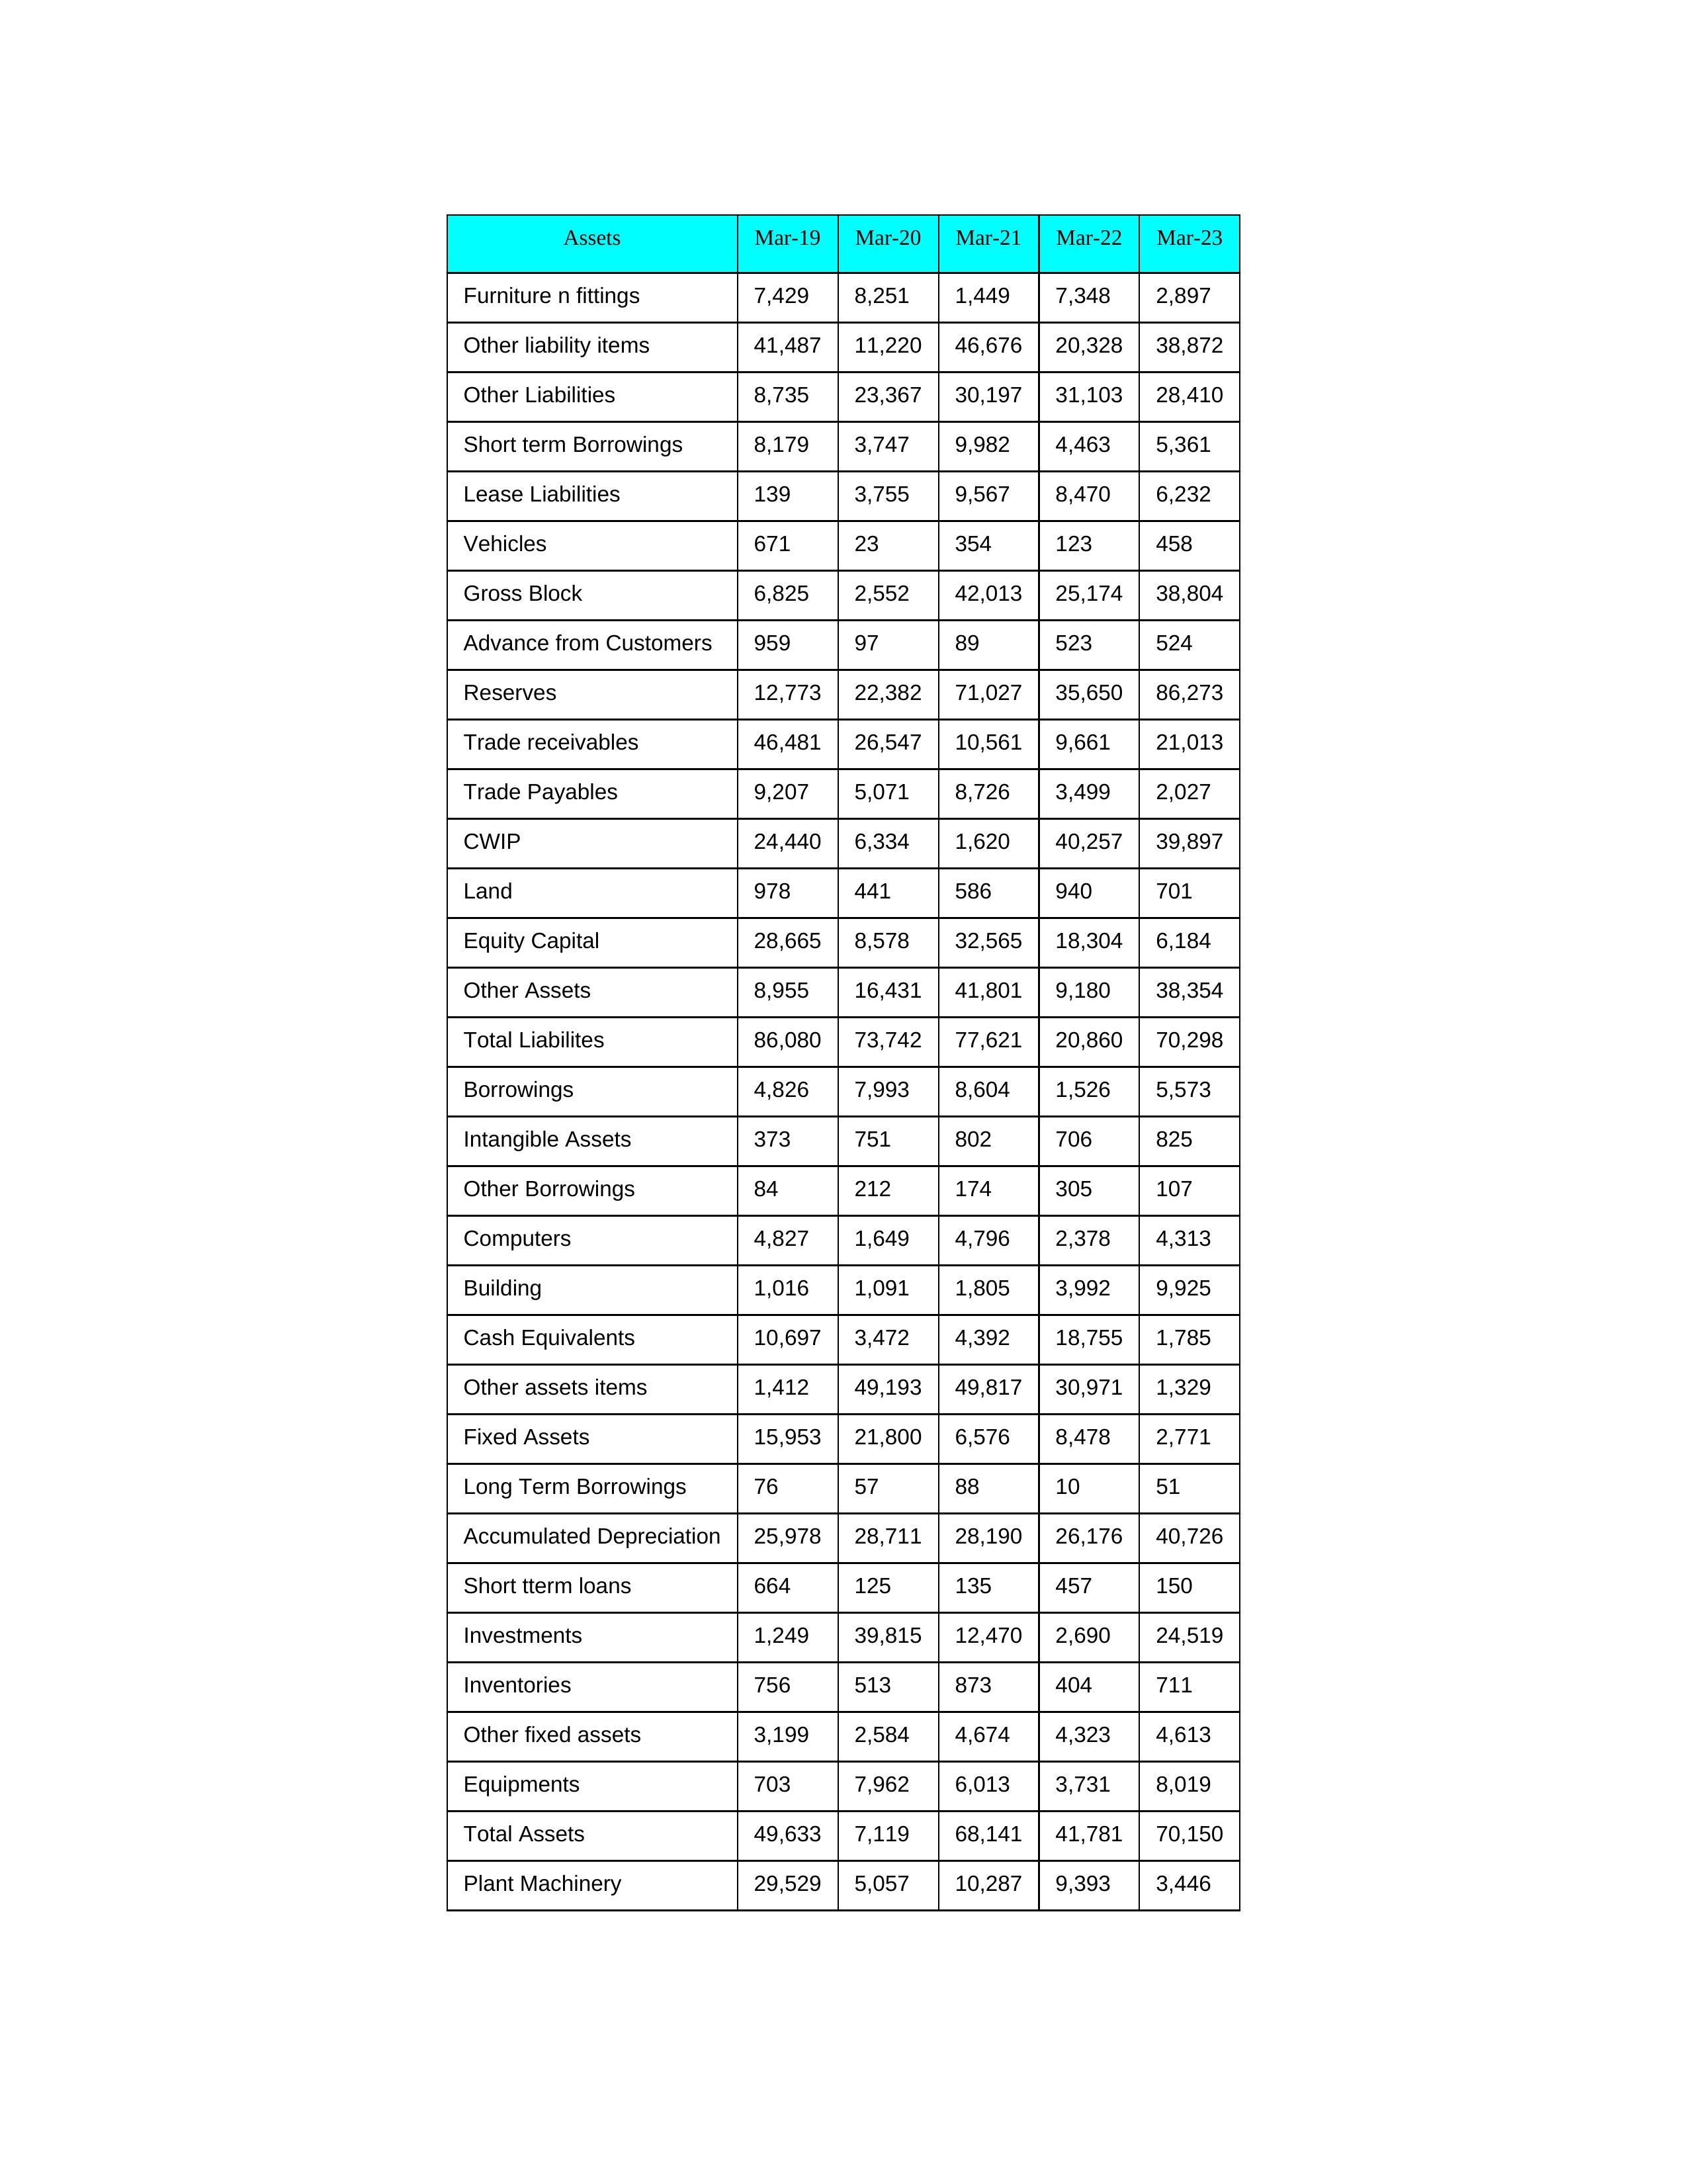
gt_parse: Mar-19: Equity Capital: 28,665
Reserves: 12,773
Borrowings: 4,826
Long Term Borrowings: 76
Short term Borrowings: 8,179
Lease Liabilities: 139
Other Borrowings: 84
Other Liabilities: 8,735
Trade Payables: 9,207
Advance from Customers: 959
Other liability items: 41,487
Total Liabilites: 86,080
Fixed Assets: 15,953
Land: 978
Building: 1,016
Plant Machinery: 29,529
Equipments: 703
Computers: 4,827
Furniture n fittings: 7,429
Vehicles: 671
Intangible Assets: 373
Other fixed assets: 3,199
Gross Block: 6,825
Accumulated Depreciation: 25,978
CWIP: 24,440
Investments: 1,249
Other Assets: 8,955
Inventories: 756
Trade receivables: 46,481
Cash Equivalents: 10,697
Short tterm loans: 664
Other assets items: 1,412
Total Assets: 49,633
Mar-20: Equity Capital: 8,578
Reserves: 22,382
Borrowings: 7,993
Long Term Borrowings: 57
Short term Borrowings: 3,747
Lease Liabilities: 3,755
Other Borrowings: 212
Other Liabilities: 23,367
Trade Payables: 5,071
Advance from Customers: 97
Other liability items: 11,220
Total Liabilites: 73,742
Fixed Assets: 21,800
Land: 441
Building: 1,091
Plant Machinery: 5,057
Equipments: 7,962
Computers: 1,649
Furniture n fittings: 8,251
Vehicles: 23
Intangible Assets: 751
Other fixed assets: 2,584
Gross Block: 2,552
Accumulated Depreciation: 28,711
CWIP: 6,334
Investments: 39,815
Other Assets: 16,431
Inventories: 513
Trade receivables: 26,547
Cash Equivalents: 3,472
Short tterm loans: 125
Other assets items: 49,193
Total Assets: 7,119
Mar-21: Equity Capital: 32,565
Reserves: 71,027
Borrowings: 8,604
Long Term Borrowings: 88
Short term Borrowings: 9,982
Lease Liabilities: 9,567
Other Borrowings: 174
Other Liabilities: 30,197
Trade Payables: 8,726
Advance from Customers: 89
Other liability items: 46,676
Total Liabilites: 77,621
Fixed Assets: 6,576
Land: 586
Building: 1,805
Plant Machinery: 10,287
Equipments: 6,013
Computers: 4,796
Furniture n fittings: 1,449
Vehicles: 354
Intangible Assets: 802
Other fixed assets: 4,674
Gross Block: 42,013
Accumulated Depreciation: 28,190
CWIP: 1,620
Investments: 12,470
Other Assets: 41,801
Inventories: 873
Trade receivables: 10,561
Cash Equivalents: 4,392
Short tterm loans: 135
Other assets items: 49,817
Total Assets: 68,141
Mar-22: Equity Capital: 18,304
Reserves: 35,650
Borrowings: 1,526
Long Term Borrowings: 10
Short term Borrowings: 4,463
Lease Liabilities: 8,470
Other Borrowings: 305
Other Liabilities: 31,103
Trade Payables: 3,499
Advance from Customers: 523
Other liability items: 20,328
Total Liabilites: 20,860
Fixed Assets: 8,478
Land: 940
Building: 3,992
Plant Machinery: 9,393
Equipments: 3,731
Computers: 2,378
Furniture n fittings: 7,348
Vehicles: 123
Intangible Assets: 706
Other fixed assets: 4,323
Gross Block: 25,174
Accumulated Depreciation: 26,176
CWIP: 40,257
Investments: 2,690
Other Assets: 9,180
Inventories: 404
Trade receivables: 9,661
Cash Equivalents: 18,755
Short tterm loans: 457
Other assets items: 30,971
Total Assets: 41,781
Mar-23: Equity Capital: 6,184
Reserves: 86,273
Borrowings: 5,573
Long Term Borrowings: 51
Short term Borrowings: 5,361
Lease Liabilities: 6,232
Other Borrowings: 107
Other Liabilities: 28,410
Trade Payables: 2,027
Advance from Customers: 524
Other liability items: 38,872
Total Liabilites: 70,298
Fixed Assets: 2,771
Land: 701
Building: 9,925
Plant Machinery: 3,446
Equipments: 8,019
Computers: 4,313
Furniture n fittings: 2,897
Vehicles: 458
Intangible Assets: 825
Other fixed assets: 4,613
Gross Block: 38,804
Accumulated Depreciation: 40,726
CWIP: 39,897
Investments: 24,519
Other Assets: 38,354
Inventories: 711
Trade receivables: 21,013
Cash Equivalents: 1,785
Short tterm loans: 150
Other assets items: 1,329
Total Assets: 70,150